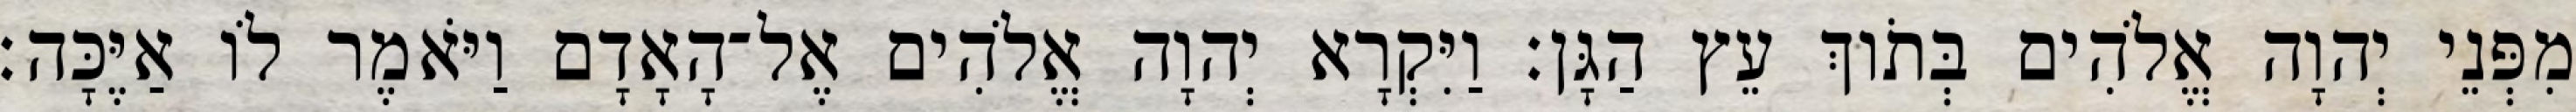
מִפְּנֵי יְהוָה אֱלֹהִים בְּתֹוךְ עֵץ הַגָּן׃ וַיִּקְרָא יְהוָה אֱלֹהִים אֶל־הָאָדָם וַיֹּאמֶר לֹו אַיֶּכָּה׃